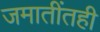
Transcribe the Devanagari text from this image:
जमातींतही